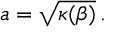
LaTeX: a = \sqrt { \kappa ( \beta ) } \, .